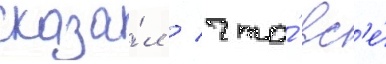
сказа́л / что́ вс'е́